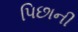
પિછાની